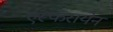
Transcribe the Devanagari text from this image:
एस्फरायेन